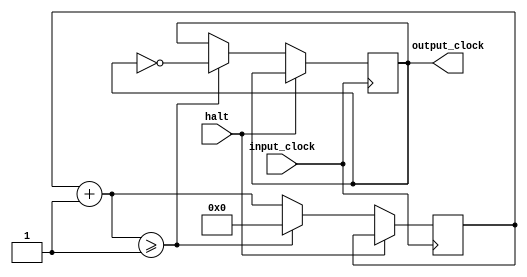
module ClockDivider
#(parameter DIVISOR = 28'd1)
(
    input_clock,
    halt,
    output_clock
);

input input_clock;
input halt;

output reg output_clock;

reg [27:0] counter;

// The frequency of the output_clock
// equals the frequency of the input_clock divided by DIVISOR
// For example: input_clock = 50Mhz, if you want to get 1Hz signal to blink LEDs
// You will modify the DIVISOR parameter value to 28'd50.000.000
// Then the frequency of the output output_clock = 50Mhz/50.000.000 = 1Hz

initial begin
    counter <= 28'b0;
    output_clock <= 1'b0;
end

always @(posedge input_clock) begin
    if (halt == 0) begin
        counter = counter + 28'b1;

        if (counter >= DIVISOR) begin
            counter = 28'b0;
            output_clock = ~output_clock;
        end
    end
end

endmodule